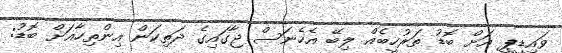
ވައިޑީޕީ އަށް ބޮޑު ތަރުހީބެއް ލިބޭ އެހެނަސް ޖާގައިގެ ދަތިކަން އިންތިހާއަށް ބޮޑު: